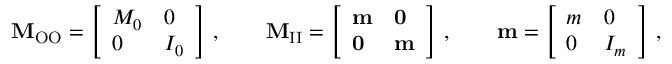
\mathbf { M } _ { \mathrm { O O } } = \left[ \begin{array} { l l } { M _ { 0 } } & { 0 } \\ { 0 } & { I _ { 0 } } \end{array} \right] \, , \qquad \mathbf { M } _ { \mathrm { I I } } = \left[ \begin{array} { l l } { \mathbf { m } } & { \mathbf { 0 } } \\ { \mathbf { 0 } } & { \mathbf { m } } \end{array} \right] \, , \qquad \mathbf { m } = \left[ \begin{array} { l l } { m } & { 0 } \\ { 0 } & { I _ { m } } \end{array} \right] \, ,